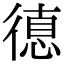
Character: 𢕞